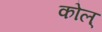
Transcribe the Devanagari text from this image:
कोल्